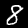
Digit: 8